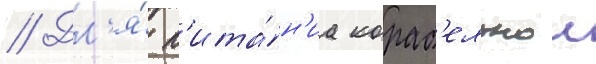
// Дл'я́ п'ита́н'иа кораб'ельнои